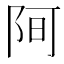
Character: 𮥀